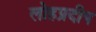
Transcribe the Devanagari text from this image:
लोहप्रदीप